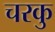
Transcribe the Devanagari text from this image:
चरकु